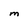
Character: M